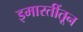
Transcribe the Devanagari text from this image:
इमारतींतून